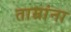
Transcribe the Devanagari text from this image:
ताम्रांना